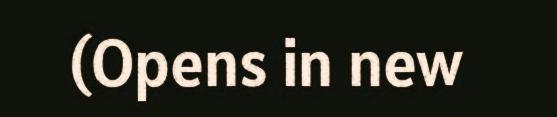
(Opens in new